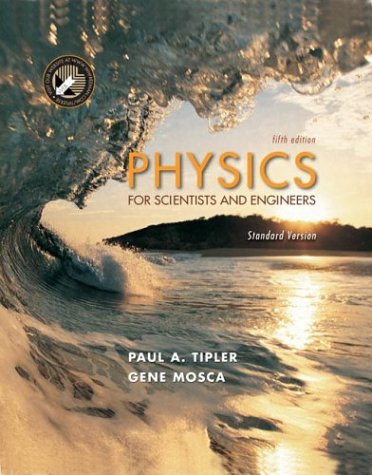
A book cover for Physics for Scientists and Engineers: Standard Version; Paul A. Tipler; Science & Math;